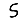
Digit: 5